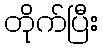
တိုက်ပြီး